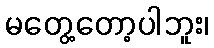
မတွေ့တော့ပါဘူး၊